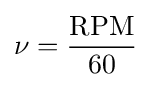
\nu ={\frac {\mathrm {RPM} }{60}}